Civil Veterinary Dept. Bombay admin report 1923-31 - 1923-1931
Year: 1923
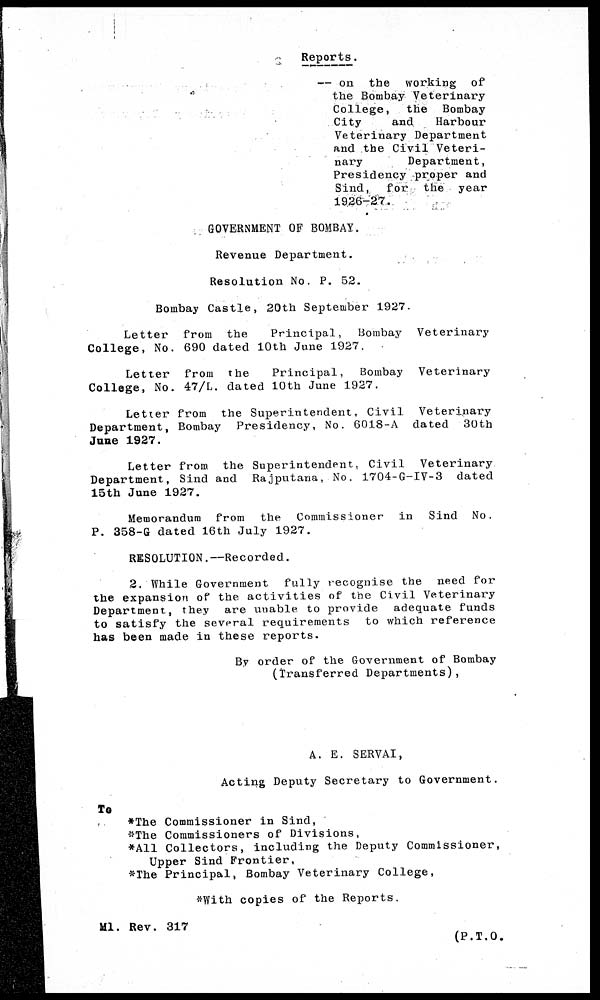
Reports.
— on the working of
the Bombay Veterinary
College, the Bombay
City
and
Harbour
Veterinary Department
and the Civil Veteri-
nary
Department,
Presidency proper and
Sind, for the year
1926-27.
GOVERNMENT OF BOMBAY.
Revenue Department.
Resolution No. P. 52.
Bombay Castle, 20th September 1927.
Letter from the
Principal, Bombay Veterinary
College, No. 690 dated 10th June 1927.
Letter from the
Principal, Bombay Veterinary
College, No. 47/L. dated 10th June 1927.
Letter from the Superintendent, Civil Veterinary
Department, Bombay Presidency, No. 6018-A dated 30th
June 1927.
Letter from the Superintendent, Civil Veterinary
Department, Sind and Rajputana, No. 1704-G-IV-3 dated
15th June 1927.
Memorandum from the Commissioner in Sind No.
P. 358-G dated 16th July 1927.
RESOLUTION.—Recorded.
2. While Government fully recognise the need for
the expansion of the activities of the Civil Veterinary
Department, they are unable to provide adequate funds
to satisfy the several requirements to which reference
has been made in these reports.
By order of the Government of Bombay
(Transferred Departments),
A. E. SERVAI,
Acting Deputy Secretary to Government.
To
*The Commissioner in Sind,
*The Commissioners of Divisions,
*A11 Collectors, including the Deputy Commissioner,
Upper Sind Frontier,
*The Principal, Bombay Veterinary College,
*With copies of the Reports.
Ml. Rev. 317
(P.T.O.